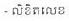
- លិខិតលេខ